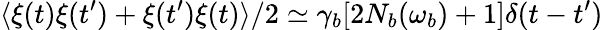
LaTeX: \langle\xi(t)\xi(t^{\prime})+\xi(t^{\prime})\xi(t)\rangle/2\simeq\gamma_{b}[2N_{b}(\omega_{b})+1]\delta(t-t^{\prime})